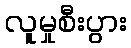
လူမှုစီးပွား